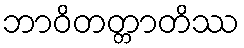
ဘာဝိတတ္တာတိဿ